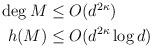
LaTeX: \begin{align*} \begin{aligned} \deg M &\le O(d^{2\kappa}) \\ h(M) &\le O(d^{2\kappa}\log d) \end{aligned} \end{align*}